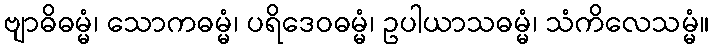
ဗျာဓိဓမ္မံ၊ သောကဓမ္မံ၊ ပရိဒေဝဓမ္မံ၊ ဥပါယာသဓမ္မံ၊ သံကိလေသမ္မံ။